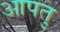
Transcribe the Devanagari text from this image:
आपतु